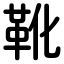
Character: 靴